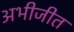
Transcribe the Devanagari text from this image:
अभीजीत